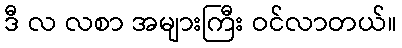
ဒီ လ လစာ အများကြီး ဝင်လာတယ်။